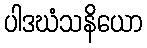
ပါဒဃံသနိယော